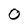
Character: 0